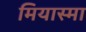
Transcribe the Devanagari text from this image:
मियास्मा